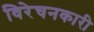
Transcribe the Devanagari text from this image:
विरेचनकारी